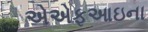
એએફઆઇના